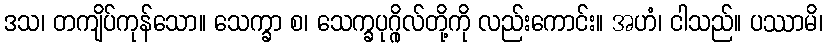
ဒသ၊ တကျိပ်ကုန်သော။ သေက္ခာ စ၊ သေက္ခပုဂ္ဂိုလ်တို့ကို လည်းကောင်း။ အဟံ၊ ငါသည်။ ပဿာမိ၊